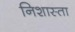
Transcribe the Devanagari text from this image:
निशास्ता